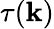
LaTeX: \tau(\mathbf{k})